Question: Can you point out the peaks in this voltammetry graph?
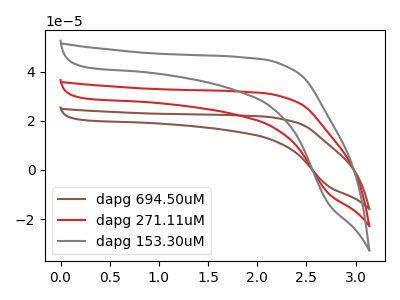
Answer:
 <answer>The brown curve "dapg 694.50uM" has no peaks. The red curve "dapg 271.11uM" has no peaks. The gray curve "dapg 153.30uM" has no peaks.</answer>
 <eval></eval>